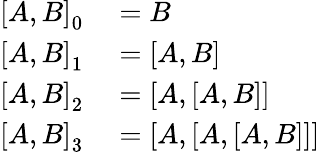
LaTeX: \begin{array}{rl}{\left[A,B\right]_{0}}&{{}=B}\\ {\left[A,B\right]_{1}}&{{}=[A,B]}\\ {\left[A,B\right]_{2}}&{{}=[A,[A,B]]}\\ {\left[A,B\right]_{3}}&{{}=[A,[A,[A,B]]]}\end{array}